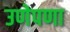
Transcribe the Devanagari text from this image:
उणेपणा